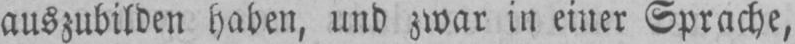
auszubilden haben, und zwar in einer Sprache,